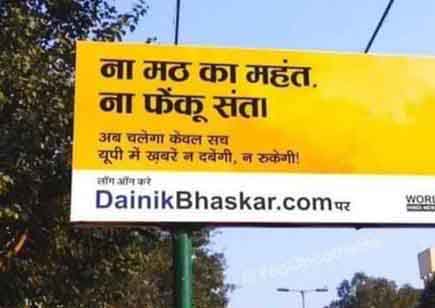
Language: marathi
Transcription: मठ का महंत. संता केवल